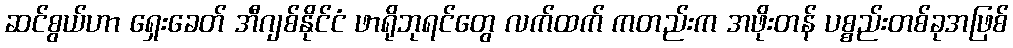
ဆင်စွယ်ဟာ ရှေးခေတ် အီဂျစ်နိုင်ငံ ဖာရိုဘုရင်တွေ လက်ထက် ကတည်းက အဖိုးတန် ပစ္စည်းတစ်ခုအဖြစ်